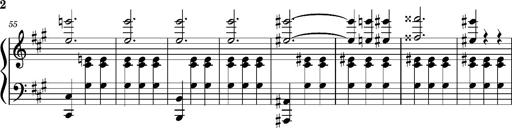
Title: Petite Valse (Fragment)
Composer: Franz Liszt
Key: A major then B-flat major